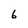
Character: 6